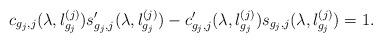
LaTeX: \begin{align*}c_{g_j,j}(\lambda,l_{g_j}^{(j)})s_{g_j,j}^{\prime}(\lambda, l_{g_j}^{(j)})-c_{g_j,j}^{\prime}(\lambda, l_{g_j}^{(j)})s_{g_j,j}(\lambda,l_{g_j}^{(j)})=1.\end{align*}